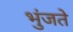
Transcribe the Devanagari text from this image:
भुंजते